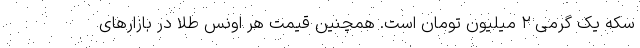
سکه یک گرمی ۲ میلیون تومان است. همچنین قیمت هر اونس طلا در بازار‌های